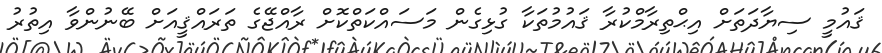
ޤައުމީ ސިޔާދަތަށް އިޙްތިރާމްކުރާ ޤައުމުތަކާ ގުޅިގެން މަސައްކަތްކޮށް ރާއްޖޭގެ ތަރައްޤީއަށް ބޭނުންވާ އިތުރު